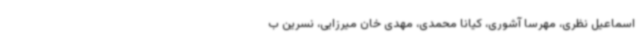
اسماعیل نظری، مهرسا آشوری، کیانا محمدی، مهدی خان میرزایی، نسرین ب